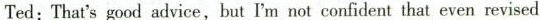
Ted: That'sgood advice, but I'm not confident that even revised